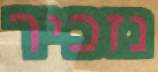
נזכיר